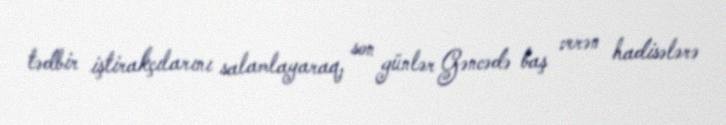
tədbir iştirakçılarını salamlayaraq, son günlər Gəncədə baş verən hadisələrə